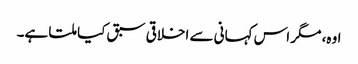
اوہ، مگر اس کہانی سے اخلاقی سبق کیا ملتا ہے۔